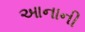
આનાની